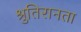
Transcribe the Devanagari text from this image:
श्रुतिरानता